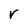
Character: r